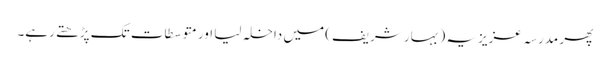
پھر مدرسہ عزیزیہ (بہار شریف) میں داخلہ لیا اور متوسطات تک پڑھتے رہے۔